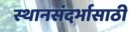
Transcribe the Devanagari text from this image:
स्थानसंदर्भासाठी